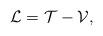
LaTeX: \begin{align*}\mathcal{L}=\mathcal{T}-\mathcal{V}, \end{align*}